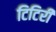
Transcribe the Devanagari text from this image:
टिटिरी